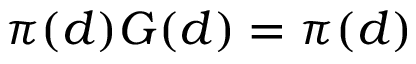
\pi ( d ) G ( d ) = \pi ( d )